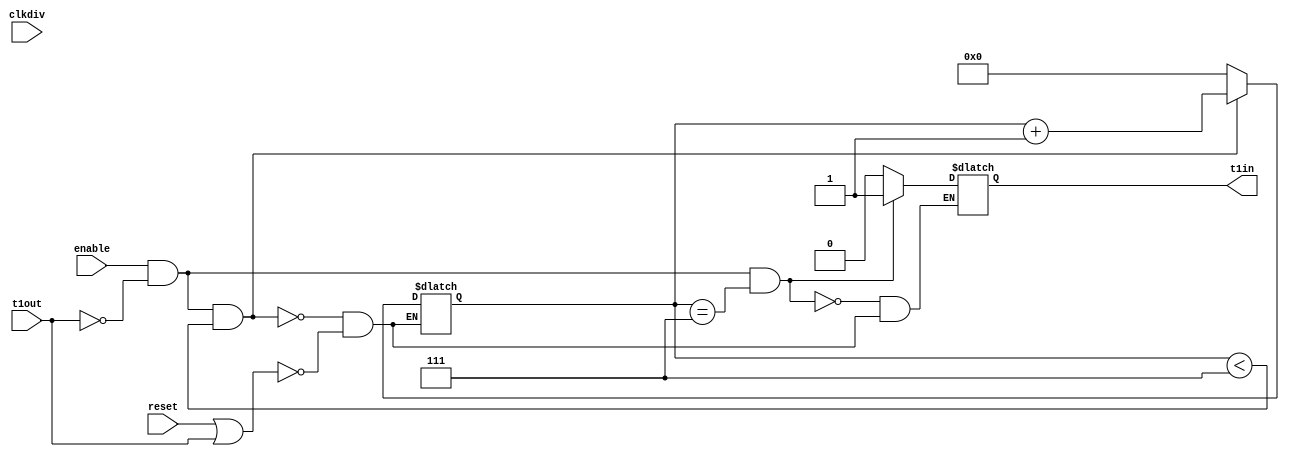
module timer1 #(
       parameter timer1 = 7    // delay
		 )(
		 input t1out,    // it is basically used as reset the counter to 0
		 input enable,   // enable signal of the clock
		 input reset,    // main reset signal
		 input clkdiv,   // clk coming from frequency divider
		 output reg t1in   // output goes high if timer reaches to a value of timer1
		 
		 );
		 
reg [3:0] counter = 0;


always @(clkdiv or reset or t1out) begin
     
	    if (reset == 1'b1 | t1out == 1'b1) begin
		    
			 counter <= 0;
			 t1in <= 0;
			 
			 
		 end
		 
		 if (enable == 1'b1 && t1out == 1'b0 && counter < timer1) begin
		
	        counter <= counter + 1;  // increment the counter value till it reaches to timer 1
			  t1in <= 0;
		 end
		
	    if (enable == 1'b1 && t1out == 1'b0 && counter == timer1) begin
		
	        t1in <= 1;  // set high output when timer expires
			  
		 end
		 
				  
end

endmodule